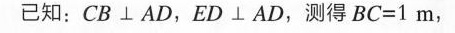
已知：CB⊥AD，ED⊥AD，测得BC=1m，